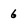
Character: 6